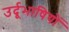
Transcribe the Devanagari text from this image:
उर्दूभाषियों